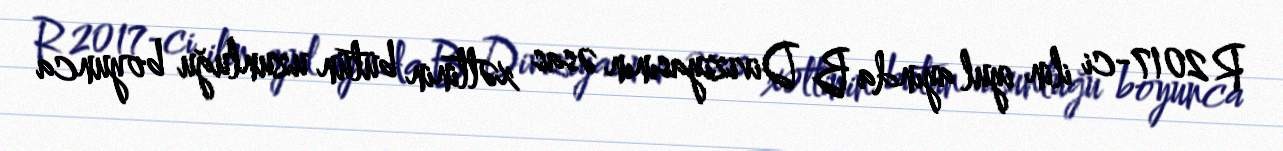
R 2017-ci ilin iyul ayında B Diviziyasının əsas xəttinin bütün uzunluğu boyunca